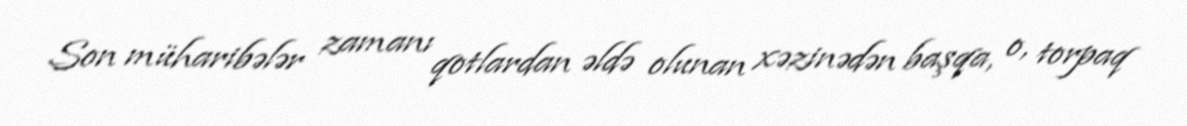
Son müharibələr zamanı qotlardan əldə olunan xəzinədən başqa, o, torpaq